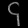
Digit: ၄